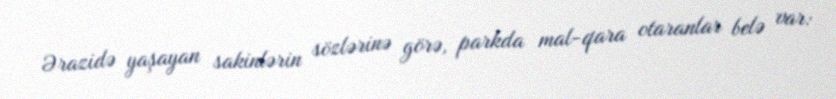
Ərazidə yaşayan sakinlərin sözlərinə görə, parkda mal-qara otaranlar belə var: